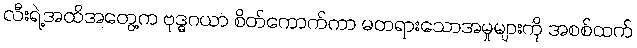
လီးရဲ့အထိအတွေ့က ဗုဒ္ဓဂယာ စိတ်ကောက်ကာ မတရားသောအမှုများကို အစစ်ထက်